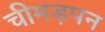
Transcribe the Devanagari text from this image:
चीमड़पन